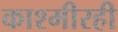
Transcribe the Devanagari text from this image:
काश्मीरही